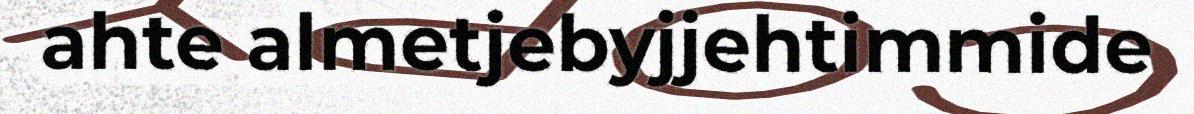
ahte almetjebyjjehtimmide